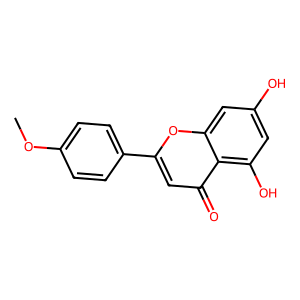
SMILES: COc1ccc(-c2cc(=O)c3c(O)cc(O)cc3o2)cc1
Inhibits HIV replication: No